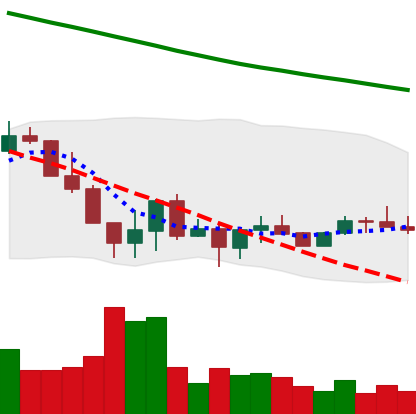
Ticker: ADA-USD
Chart end date: 2022-06-27
Forward return: -6.06%
Label: down_5_7